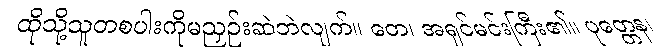
ထိုသို့သူတစပါးကိုမညှဉ်းဆဲဘဲလျက်။ တေ၊ အရှင်မင်းကြီး၏။ ပုတ္တေန၊